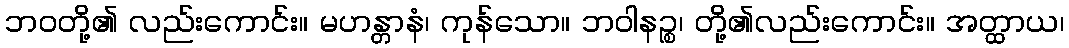
ဘဝတို့၏ လည်းကောင်း။ မဟန္တာနံ၊ ကုန်သော။ ဘဝါနဉ္စ၊ တို့၏လည်းကောင်း။ အတ္ထာယ၊